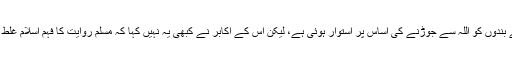
یہ دعوت بنیادی طور پر ٹکراؤ کی مہم کے بجائے اللہ کے بندوں کو اللہ سے جوڑنے کی اساس پر استوار ہوئی ہے، لیکن اس کے اکابر نے کبھی یہ نہیں کہا کہ مسلم روایت کا فہم اسلام غلط ہے اور اس کے مقابلے میں نئی آئیڈیالوجی پیش کی جائے۔